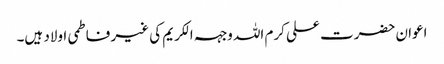
اعوان حضرت علی کرم اللہ وجہہ الکریم کی غیر فاطمی اولاد ہیں۔